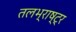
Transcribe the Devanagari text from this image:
तलभ्राष्ट्र